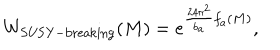
LaTeX: W _ { \mathrm { S U S Y - b r e a k i n g } } ( M ) = e ^ { { \frac { 2 4 \pi ^ { 2 } } { b _ { a } } } f _ { a } ( M ) } ,